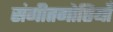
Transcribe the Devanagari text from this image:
संगीतगोष्ठियाँ